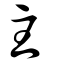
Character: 主